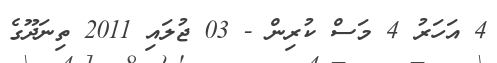
4 އަހަރު 4 މަސް ކުރިން - 03 ޖުލައި 2011 ތިނަދޫގެ